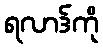
ရလာဒ်ကို